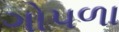
ગોપળા